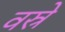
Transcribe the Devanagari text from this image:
वस्रे